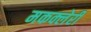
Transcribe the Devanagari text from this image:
मकक्लेरी